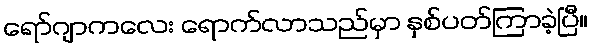
ရော်ဂျာကလေး ရောက်လာသည်မှာ နှစ်ပတ်ကြာခဲ့ပြီ။